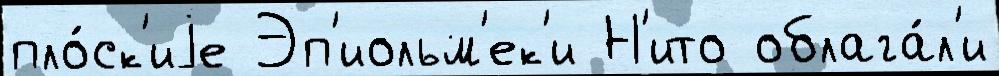
пло́ск'иjе Эп'иольм'ек'и Н'ито облага́л'и